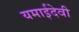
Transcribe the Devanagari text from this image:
यमाईदेवी